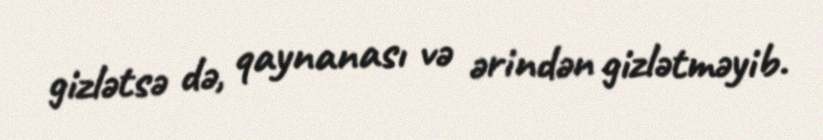
gizlətsə də, qaynanası və ərindən gizlətməyib.